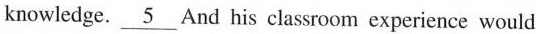
knowledge. \underline{5} And his classroom experience would